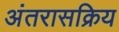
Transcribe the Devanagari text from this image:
अंतरासक्रिय